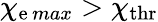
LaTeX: \chi_{\mathrm{e}\, max}>\chi_{\mathrm{{thr}}}